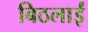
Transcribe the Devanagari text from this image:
बिठलाईं